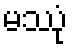
မဿုံ